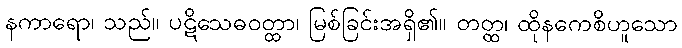
နကာရော၊ သည်။ ပဋိသေဓဝတ္ထာ၊ မြစ်ခြင်းအရှိ၏။ တတ္ထ၊ ထိုနကေစိဟူသော